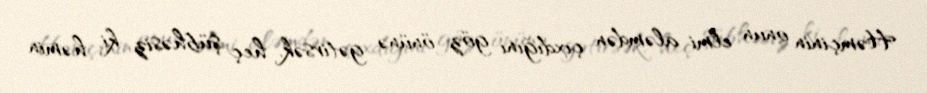
Həmçinin onun elmi aləmdən çıxdığını göz önünə gətirsək, heç şübhəsiz ki, həmin